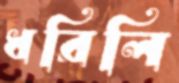
ধরিলি